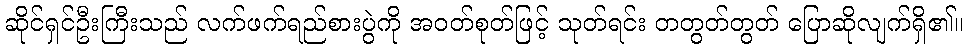
ဆိုင်ရှင်ဦးကြီးသည် လက်ဖက်ရည်စားပွဲကို အဝတ်စုတ်ဖြင့် သုတ်ရင်း တတွတ်တွတ် ပြောဆိုလျက်ရှိ၏။